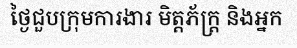
ថ្ងៃជួបក្រុមការងារ មិត្តភ័ក្ត្រ និងអ្នក